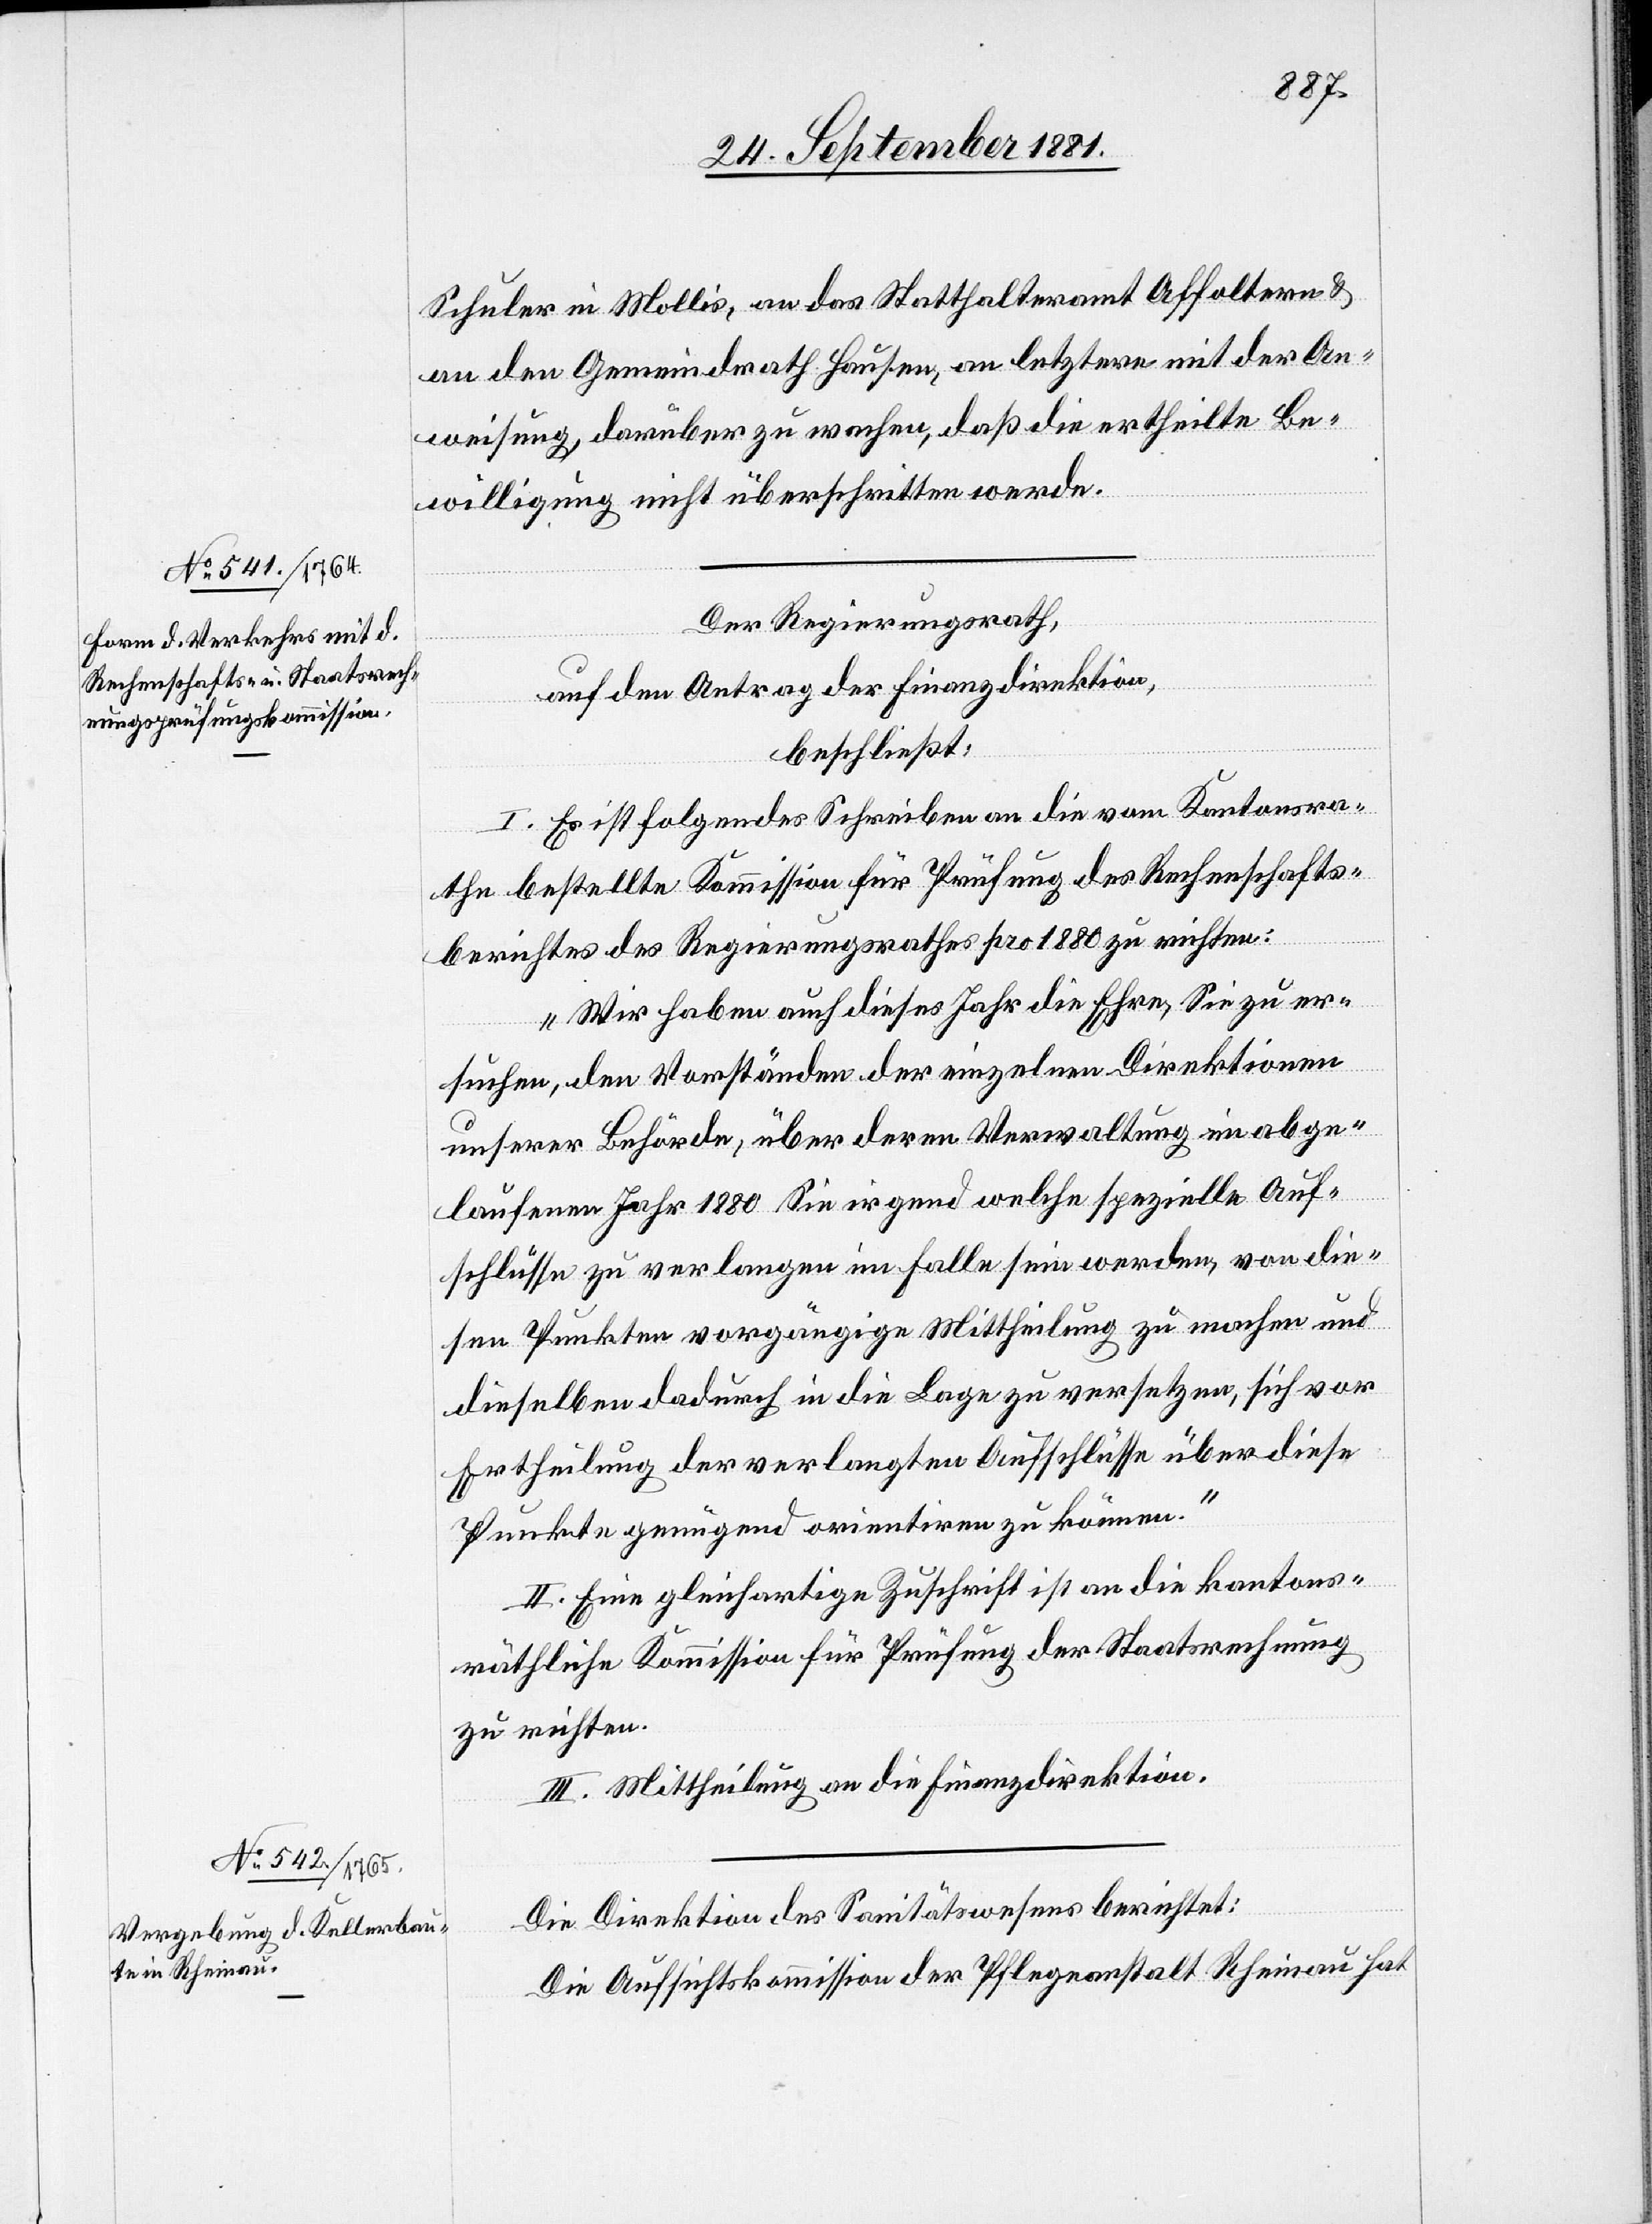
Schuler in Mollis, an das Statthalteramt Affoltern &
an den Gemeindrath Hausen, an letztern mit der An¬
weisung, darüber zu wachen, daß die ertheilte Be¬
willigung nicht überschritten werde.
Der Regierungsrath,
auf den Antrag der Finanzdirektion,
beschließt:
I. Es ist folgendes Schreiben an die vom Kantonsra¬
the bestellte Kommission für Prüfung des Rechenschafts¬
berichtes des Regierungsrathes pro 1880 zu richten:
„Wir haben auch dieses Jahr die Ehre, Sie zu er¬
suchen, den Vorständen der einzelnen Direktionen
unserer Behörde, über deren Verwaltung im abge¬
laufenen Jahr 1880 Sie irgend welche spezielle Auf¬
schlüsse zu verlangen im Falle sein werden, von die¬
sen Punkten vorgängige Mittheilung zu machen und
dieselben dadurch in die Lage zu versetzen, sich vor
Ertheilung der verlangten Aufschlüsse über diese
Punkte genügend orientieren zu können.“
II. Eine gleichartige Zuschrift ist an die kantons¬
räthliche Kommission für Prüfung der Staatsrechnung
zu richten.
III. Mittheilung an die Finanzdirektion.
Die Direktion des Sanitätswesens berichtet:
Die Aufsichtskommission der Pflegeanstalt Rheinau hat